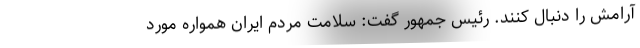
آرامش را دنبال کنند. رئیس جمهور گفت: سلامت مردم ایران همواره مورد